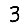
Digit: 3